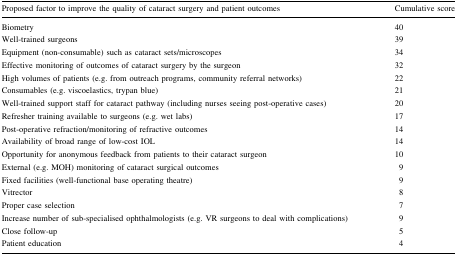
<table><thead><tr><td><b>Proposed factor to improve the quality of cataract surgery and patient outcomes</b></td><td><b>Cumulative score</b></td></tr></thead><tbody><tr><td>Biometry</td><td>40</td></tr><tr><td>Well-trained surgeons</td><td>39</td></tr><tr><td>Equipment (non-consumable) such as cataract sets/microscopes</td><td>34</td></tr><tr><td>Effective monitoring of outcomes of cataract surgery by the surgeon</td><td>32</td></tr><tr><td>High volumes of patients (e.g. from outreach programs, community referral networks)</td><td>22</td></tr><tr><td>Consumables (e.g. viscoelastics, trypan blue)</td><td>21</td></tr><tr><td>Well-trained support staff for cataract pathway (including nurses seeing post-operative cases)</td><td>20</td></tr><tr><td>Refresher training available to surgeons (e.g. wet labs)</td><td>17</td></tr><tr><td>Post-operative refraction/monitoring of refractive outcomes</td><td>14</td></tr><tr><td>Availability of broad range of low-cost IOL</td><td>14</td></tr><tr><td>Opportunity for anonymous feedback from patients to their cataract surgeon</td><td>10</td></tr><tr><td>External (e.g. MOH) monitoring of cataract surgical outcomes</td><td>9</td></tr><tr><td>Fixed facilities (well-functional base operating theatre)</td><td>9</td></tr><tr><td>Vitrector</td><td>8</td></tr><tr><td>Proper case selection</td><td>7</td></tr><tr><td>Increase number of sub-specialised ophthalmologists (e.g. VR surgeons to deal with complications)</td><td>9</td></tr><tr><td>Close follow-up</td><td>5</td></tr><tr><td>Patient education</td><td>4</td></tr></tbody></table>